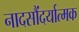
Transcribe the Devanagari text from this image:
नादसौंदर्यात्मक